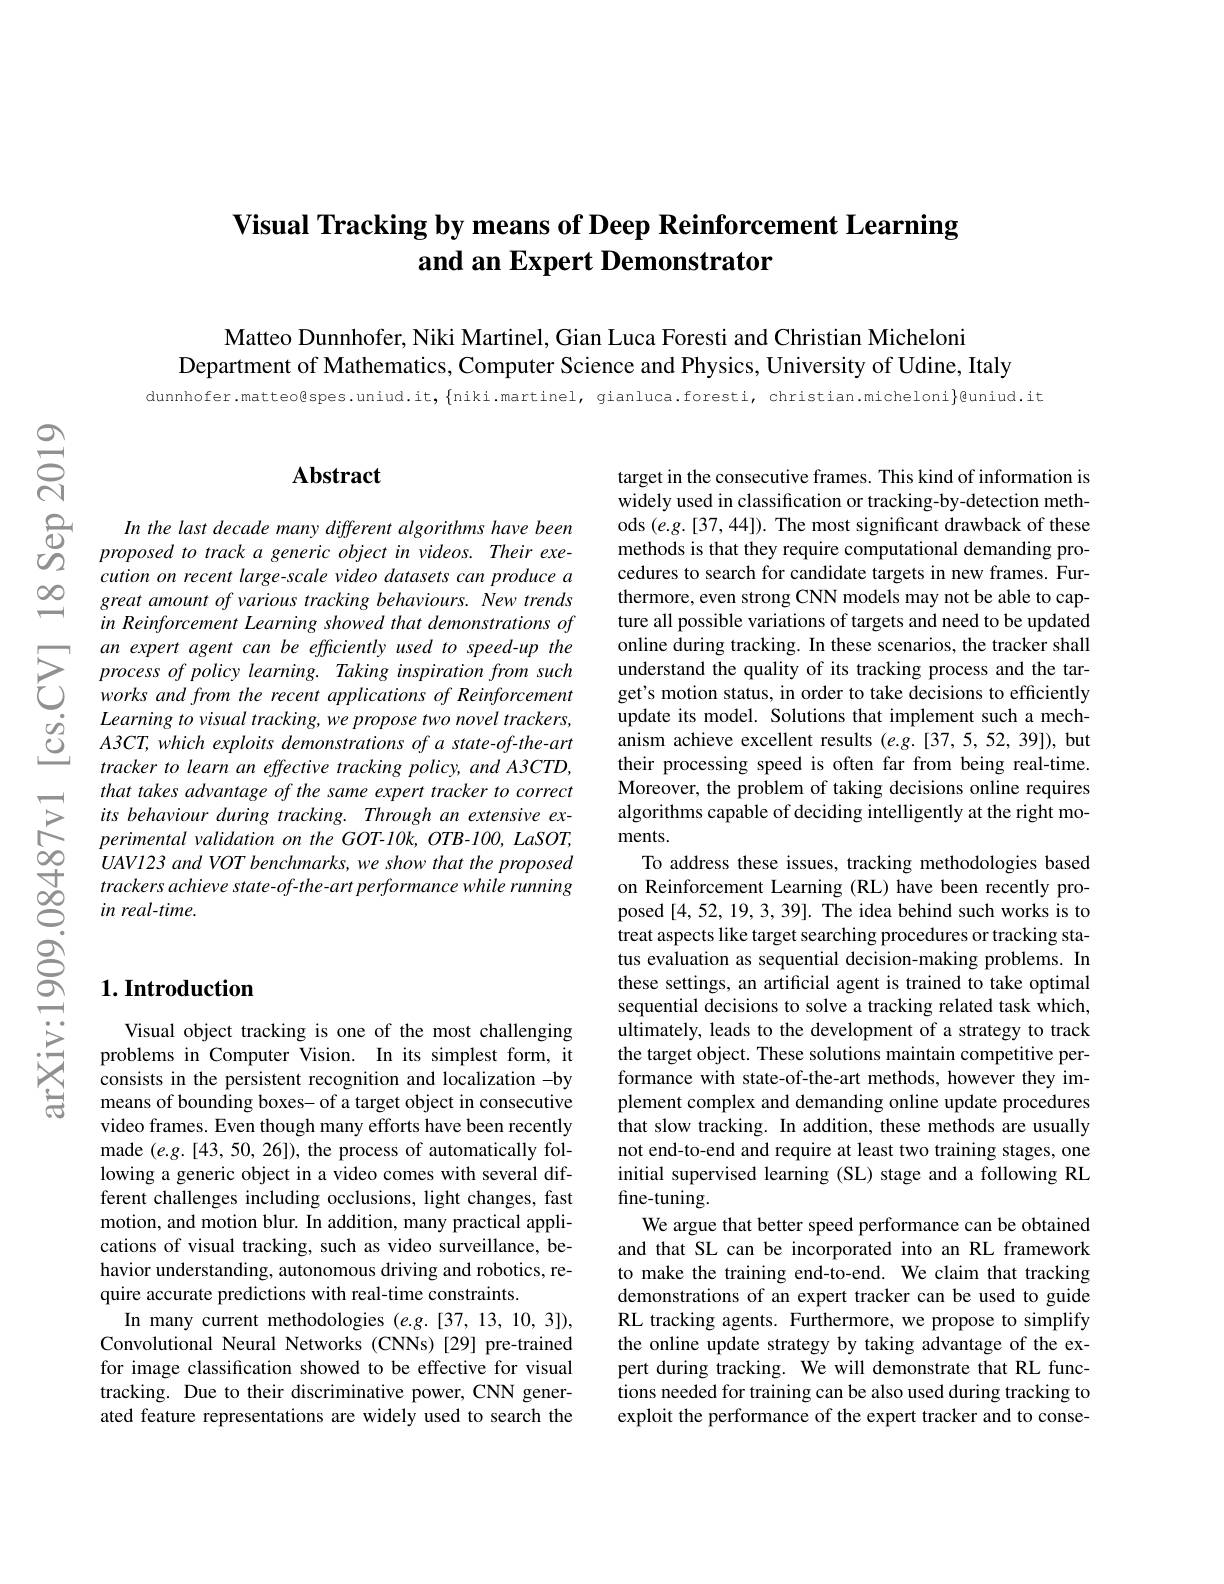
# Visual Tracking by means of Deep Reinforcement Learning and an Expert Demonstrator

Matteo Dunnhofer, Niki Martinel, Gian Luca Foresti and Christian Micheloni
Department of Mathematics, Computer Science and Physics, University of Udine, Italy
$$dunnhofer.matteo@spes.uniud.it,\{niki.martinel, gianluca.foresti, christian.micheloni \}$@uniud.it$

## Abstract

In the last decade many different algorithms have been proposed to track a generic object in videos. Their execution on recent large- scale video datasets can produce a great amount of various tracking behaviours. New trends in Reinforcement Learning showed that demonstrations of an expert agent can be efficiently used to speed-up the
$\begin{array}{llllllll}&Learningtovisualtracking,weproposetwoo novel Irackers, update its model. Solutions that implement such a mech-\textcircled C A3CT,which explois demonstrations of a state-of-the-art\:\text{anissm achieve excellent results }(eg.[37,5,52,39]),\mathrm{but}\\&trackerto \end{array}$
that takes advantage of the same expert tracker to correct its behaviour during tracking. Through an extensive experimental validation on the GOT-10k, OTB-100, LaSOT, UAVI23 and VOT benchmarks, we show that the proposed trackers achieve state-of-the-art performance while running in real-time.

target in the consecutive frames. This kind of information is widely used in classification or tracking-by-detection methods $(e.g.[37,44]).$ The most significant drawback of these methods is that they require computational demanding procedures to search for candidate targets in new frames. Furthermore, even strong CNN models may not be able to capture all possible variations of targets and need to be updated online during tracking. In these scenarios, the tracker shall Moreover, the problem of taking decisions online requires algorithms capable of deciding intelligently at the right moments.
To address these issues, tracking methodologies based on Reinforcement Learning (RL) have been recently proposed [4,52,19,3,39]. The idea behind such works is to treat aspects like target searching procedures or tracking status evaluation as sequential decision-making problems. In these settings, an artificial agent is trained to take optimal sequential decisions to solve a tracking related task which, ultimately, leads to the development of a strategy to track the target object. These solutions maintain competitive performance with state-of-the-art methods, however they implement complex and demanding online update procedures that slow tracking. In addition, these methods are usually not end-to-end and require at least two training stages, one initial supervised learning (SL) stage and a following RL fine-tuning.
We argue that better speed performance can be obtained and that SL can be incorporated into an RL framework to make the training end-to-end. We claim that tracking demonstrations of an expert tracker can be used to guide RL tracking agents. Furthermore, we propose to simplify the online update strategy by taking advantage of the expert during tracking. We will demonstrate that RL functions needed for training can be also used during tracking to exploit the performance of the expert tracker and to conse-

## $1. \textbf{Introduction}$

Visual object tracking is one of the most challenging problems in Computer Vision. In its simplest form, it consists in the persistent recognition and localization -by means of bounding boxes- of a target object in consecutive video frames. Even though many efforts have been recently made $(e.g.[43,50,26])$, the process of automatically following a generic object in a video comes with several different challenges including occlusions, light changes, fast motion, and motion blur. In addition, many practical applications of visual tracking, such as video surveillance, behavior understanding, autonomous driving and robotics, require accurate predictions with real-time constraints.
In many current methodologies (e.g.[37,13,10,3]), Convolutional Neural Networks (CNNs) [29] pre-trained for image classification showed to be effective for visual tracking. Due to their discriminative power, CNN generated feature representations are widely used to search the